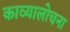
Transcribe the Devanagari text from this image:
काव्यालोचना